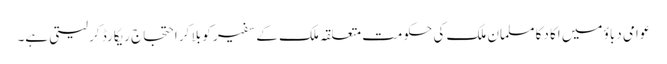
عوامی دباؤ میں اکا دکا مسلمان ملک کی حکومت متعلقہ ملک کے سفیر کو بلا کر احتجاج ریکارڈ کر لیتی ہے۔